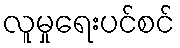
လူမှုရေးပင်စင်